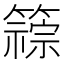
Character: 𫂦